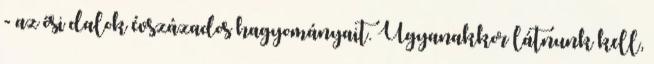
- az ősi dalok évszázados hagyományait. Ugyanakkor látnunk kell,